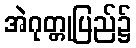
အဲဂုတ္တုပြည်၌